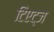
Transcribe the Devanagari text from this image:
टिएट्ज